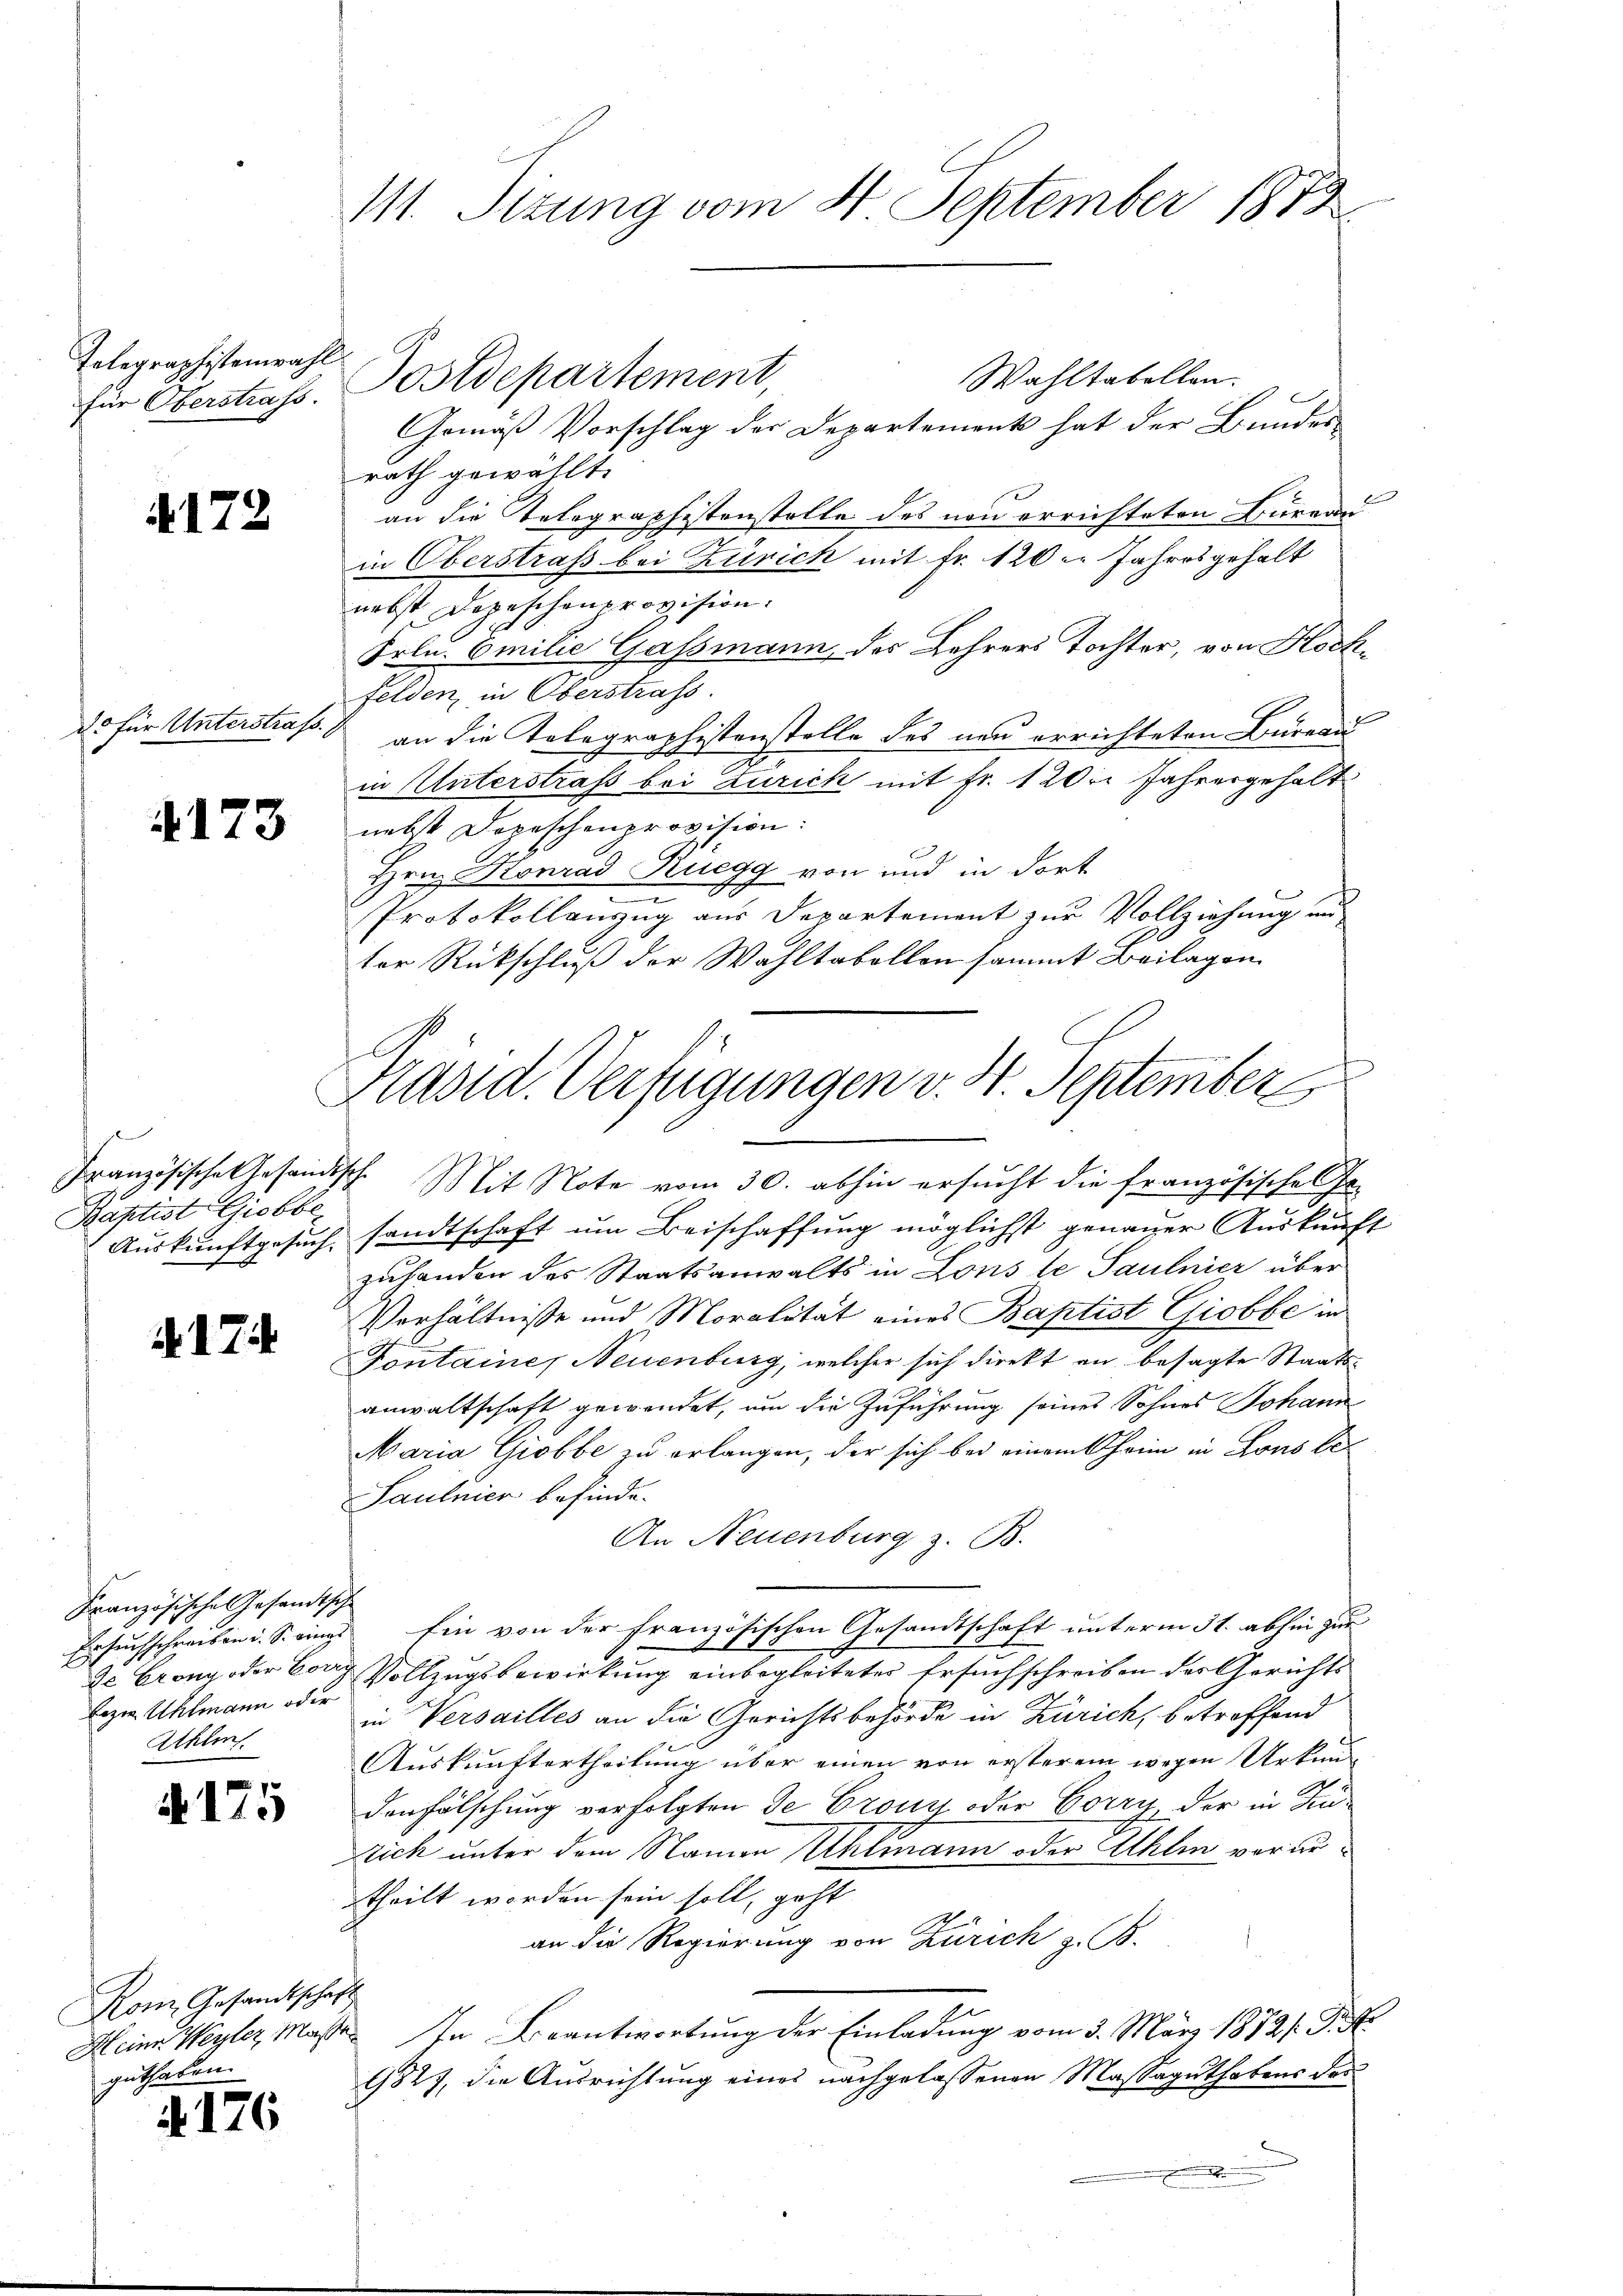
Telegraphistenwahl
für Oberstrafs

4172

do für Unterstraf

173

g
Französische Gesamt
Baptist Giobbe
Auskunftgesuch.

4174

Französische Gesandts
Ersuchschreiben u. S. eine
de Crony oder Cor
Lezen. Uhlmann oder
Ahlin

A 175

Rom Gesandtsche
Heine Werter, Maße
guthaben.

No. 176

111. Situng vom 4. September 1873

Postdepartement
Wahltabellen.
Gemäß Vorschlag der Departement hat der Bundes-
rath gewählt.
an die Telegraphistenstolle des von errichteten Bureau
in Oberstrafs bei Zürich mit Fr. 120. Jahresgehalt
nebst Depeschenprovision.
Frln. Emilie Gassmann des Lehrers Tochter, von Hochfelden, in Oberstrafs
an die Telegraphistenstelle des neu errichteten Büreau
in Unterstrafs bei Zürich mit Fr. 1 20 Jahresgehalt
nebst Dopeschenprovision.
Hrn. Konrad Ruegg von und in dort
Protokollanzug aus Departement zur Vollziehung an
ter Rückschluß der Wahltabellen sammt Beilagen
2. Mit Note vom 30. abhin ersucht die französische Ge-
sandtschaft um Beischaffung möglichst genauer Auskunft
zuhanden des Staatsanwalts in Lons le Saulnier über
Verhältnisse und Moralität eines Baptist Giobbe in
Fontaine, Neuenburg, welcher sich direkt an besagte Staatsanwaltschaft gewendet, um die Zuführung seines Sohnes Johann
Maria Giobbe zu erlangen, der sich bei einem heim in Lons be¬
Saulnier befinde.
An Neuenburg z. B.
f
Ein von der französischen Gesandtschaft unterm 31. abhin zur
7
Vollzugsbewirkung einbegleiteter Ersuchschreiben des Gerichts
in Versailles an die Gerichtsbehörde in Zürich, betreffend
Auskunftertheilung über einen von ersterem wegen Urkunden Fälschung verfolgten de Crony oder Corry, der in Zu-
sich unter dem Namen Uhlmann oder Athlin vorzutheilt worden sein soll, geht
an die Regierung von Zürich z. B.
d
In Beantwortung der Einladung vom 3. März 1872/. P. M.
1827, die Ausrichtung eines nachgelassenen Massaguthabens der

Präsid. Verfügungen v. H. September